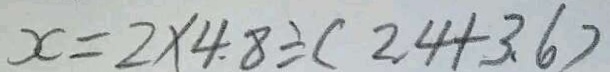
x = 2 \times 4 . 8 \div ( 2 . 4 + 3 . 6 )